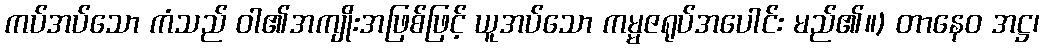
ကပ်အပ်သော ကံသည် ဝါ၏အကျိုးအဖြစ်ဖြင့် ယူအပ်သော ကမ္မဇရုပ်အပေါင်း မည်၏။) တာနေဝ အဋ္ဌ၊